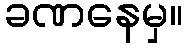
ခဏနေမှ။